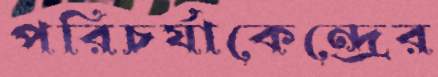
পরিচর্যাকেন্দ্রের